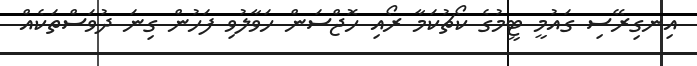
އިނގިރޭސި ގައުމީ ޓީމުގެ ކޯޗުކަމާ ރޯއި ހޮޖްސަން ހަވާލުވި ފަހުން ގިނަ ދުވަސްތަކެއް